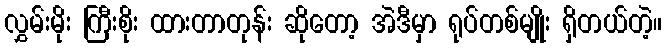
လွှမ်းမိုး ကြီးစိုး ထားတာတုန်း ဆိုတော့ အဲဒီမှာ ရုပ်တစ်မျိုး ရှိတယ်တဲ့။